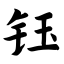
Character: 钰